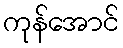
ကုန်အောင်